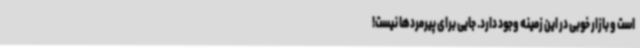
است و بازار خوبی در این زمینه وجود دارد. جایی برای پیرمردها نیست!